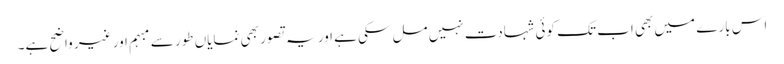
اس بارے میں بھی اب تک کوئی شہادت نہیں مل سکی ہے اور یہ تصور بھی نمایاں طور سے مبہم اور غیر واضح ہے۔